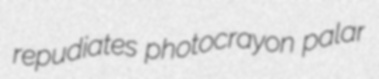
repudiates photocrayon palar